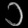
Digit: ၁